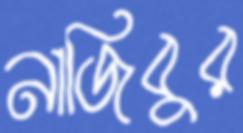
নাজিবুর